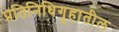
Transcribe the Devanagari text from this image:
प्रतिनिधिगॄहातील